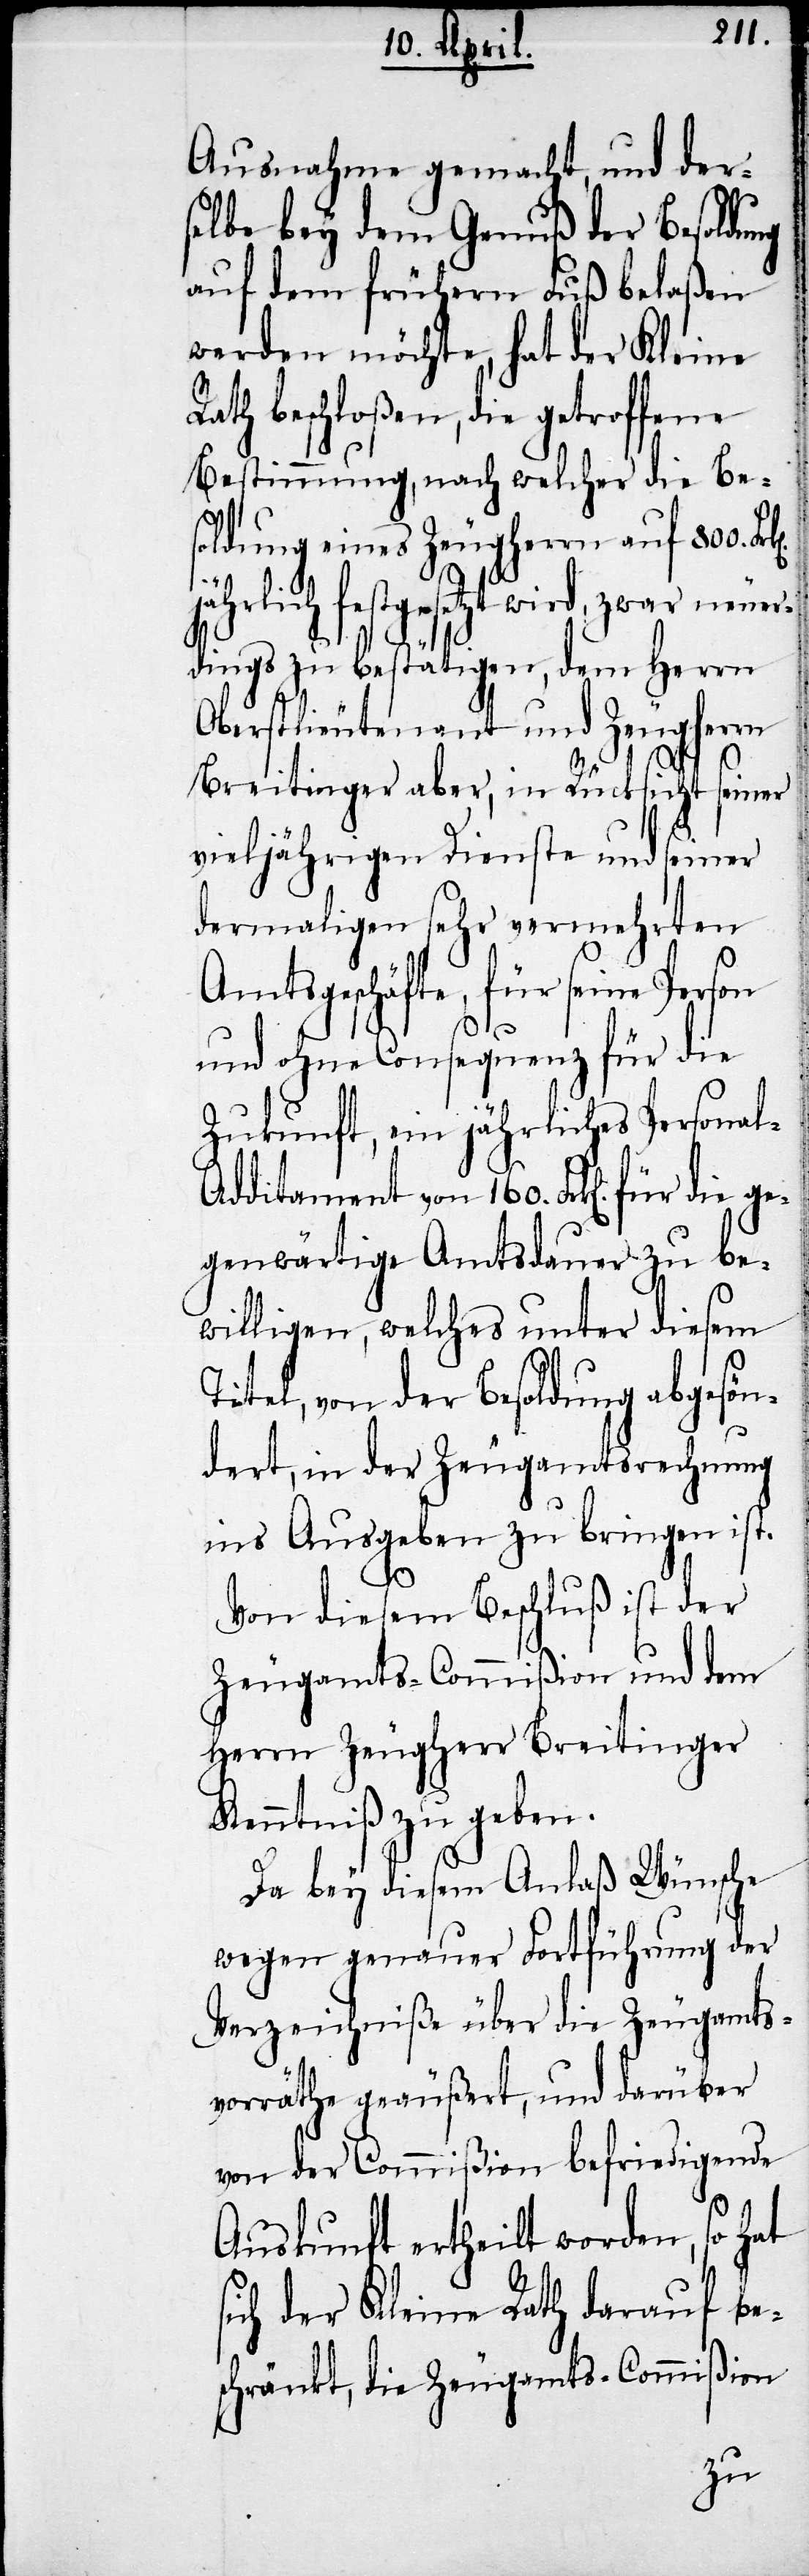
Ausnahme gemacht, und der¬
selbe bey dem Genuß der Besoldu¬
auf dem frühern Fuß belaßen
werden möchte, hat der Kleine
th beschloßen, die getroffene
Bestimmung, nach welcher die Be¬
soldung eines Zeugherrn auf 800.
festgesetzt wird, zwar neuer¬
dings zu bestätigen, dem Herrn
Oberstlieutenant und Zeugherrn
Breitinger aber, in Rücksicht seiner
vieljährigen Dienste und seiner
dermaligen sehr vermehrten
Amtsgeschäfte, für seine Person
und ohne Consequenz für die
Zukunft, ein jähriches Personal-A¬
dditament von 160. Frk[en]. für die
gegenwärtige Amtsdauer zu be¬
willigen, welches unter diesem
ng
Titel, von der Besoldung abgesön¬
dert, in der Zeugamtsrechnung
ins Ausgeben zu bringen ist.
s¬
Von diesem Beschluß ist der
Zeugamts-Commißion und dem
Herrn Zeugherr Breitinger
Kenntniß zu geben.
Da bey diesem Anlaß Wünsche
wegen genauer Fortführung der
Verzeichniße über die Zeugamts¬
vorräthe geäußert, und darüber
von der Commißion befriedigende
Auskunft ertheilt worden, so hat
ich der Kleine Rath darauf bes¬
ßion
chränkt, die Zeugamts-Commi¬